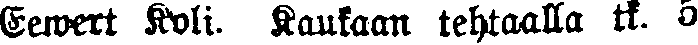
Eewert Koli. Kaukaan tehtaalla tk. 5